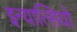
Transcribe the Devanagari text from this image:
इन्यात्सियो